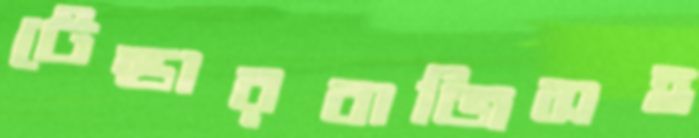
টেন্ডারবাজিসহ